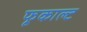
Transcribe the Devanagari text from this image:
फूकाल्ट